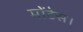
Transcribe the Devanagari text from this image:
मोंटेस।